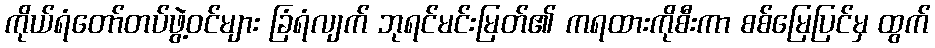
ကိုယ်ရံတော်တပ်ဖွဲ့ဝင်များ ခြံရံလျက် ဘုရင်မင်းမြတ်၏ ကရထားကိုစီးကာ စစ်မြေပြင်မှ ထွက်